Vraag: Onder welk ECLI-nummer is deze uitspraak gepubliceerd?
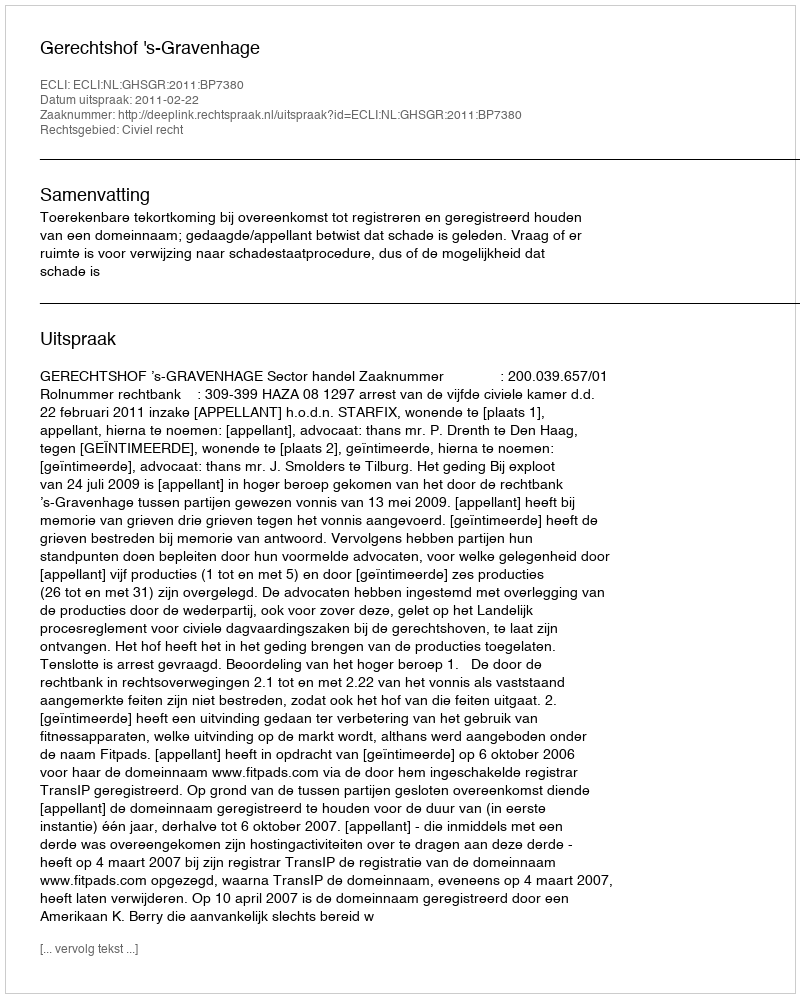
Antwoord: ECLI:NL:GHSGR:2011:BP7380